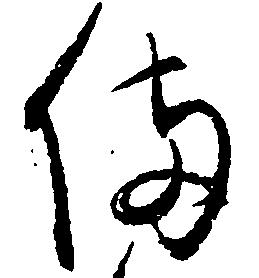
備